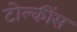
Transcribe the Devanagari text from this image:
टोल्कींस